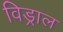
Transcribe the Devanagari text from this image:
विड्राल